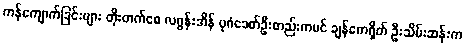
ကန်ကျောက်ခြင်းများ တိုးတက်စေ လဂွန်းအိန် ပုဂံခေတ်ဦးတည်းကပင် ချန်ကေရှိတ် ဦးသိမ်းဆန်းက